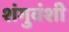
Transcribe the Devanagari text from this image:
शंगुवंशी